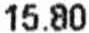
15.80